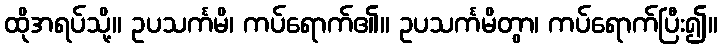
ထိုအရပ်သို့။ ဥပသင်္ကမိ၊ ကပ်ရောက်၏။ ဥပသင်္ကမိတွာ၊ ကပ်ရောက်ပြီး၍။